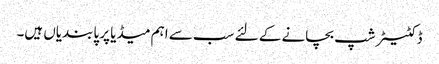
ڈکٹیٹر شپ بچانے کے لئے سب سے اہم میڈیا پر پابندیاں ہیں۔